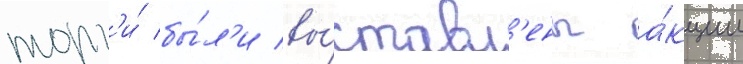
торг'и́ бы́л'и вы́ставл'ены а́кции